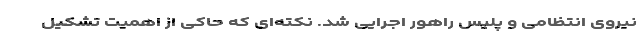
نیروی انتظامی و پلیس راهور اجرایی شد. نکته‌ای که حاکی از اهمیت تشکیل